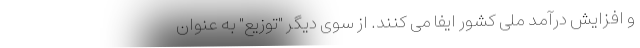
و افزایش درآمد ملی کشور ایفا می کنند. از سوی دیگر "توزیع" به عنوان